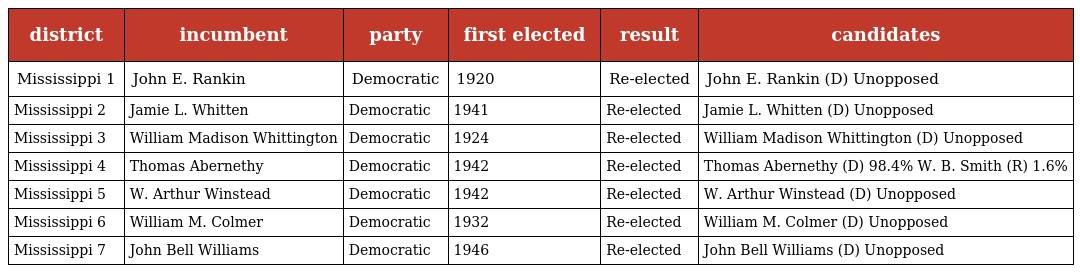
| district | incumbent | party | first elected | result | candidates |
 | --- | --- | --- | --- | --- | --- |
 | Mississippi 1 | John E. Rankin | Democratic | 1920 | Re-elected | John E. Rankin (D) Unopposed |
 | Mississippi 2 | Jamie L. Whitten | Democratic | 1941 | Re-elected | Jamie L. Whitten (D) Unopposed |
 | Mississippi 3 | William Madison Whittington | Democratic | 1924 | Re-elected | William Madison Whittington (D) Unopposed |
 | Mississippi 4 | Thomas Abernethy | Democratic | 1942 | Re-elected | Thomas Abernethy (D) 98.4% W. B. Smith (R) 1.6% |
 | Mississippi 5 | W. Arthur Winstead | Democratic | 1942 | Re-elected | W. Arthur Winstead (D) Unopposed |
 | Mississippi 6 | William M. Colmer | Democratic | 1932 | Re-elected | William M. Colmer (D) Unopposed |
 | Mississippi 7 | John Bell Williams | Democratic | 1946 | Re-elected | John Bell Williams (D) Unopposed |